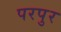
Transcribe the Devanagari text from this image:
परपुर